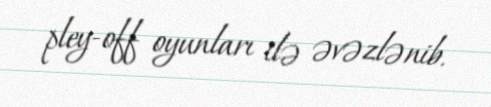
pley-off oyunları ilə əvəzlənib.